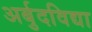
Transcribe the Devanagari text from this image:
अर्बुदविद्या